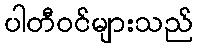
ပါတီဝင်များသည်